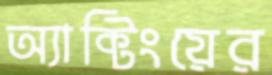
অ্যাক্টিংয়ের